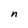
Character: n